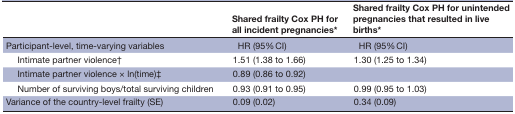
|  | Shared frailty Cox PH for all incident pregnancies* | Shared frailty Cox PH for unintended pregnancies that resulted in live births* |
 | --- | --- | --- |
 | Participant-level, time-varying variables | HR (95% CI) | HR (95% CI) |
 | Intimate partner violence† | 1.51 (1.38 to 1.66) | 1.30 (1.25 to 1.34) |
 | Intimate partner violence × ln(time)‡ | 0.89 (0.86 to 0.92) |  |
 | Number of surviving boys/total surviving children | 0.93 (0.91 to 0.95) | 0.99 (0.95 to 1.03) |
 | Variance of the country-level frailty (SE) | 0.09 (0.02) | 0.34 (0.09) |